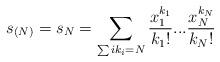
LaTeX: \begin{align*}s_{(N)} = s_N = \sum_{\sum i k_i = N} \frac{x_1^{k_1}}{k_1!}...\frac{x_N^{k_N}}{k_N!}\end{align*}